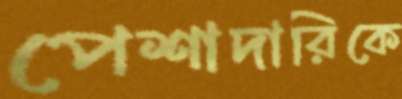
পেশাদারিকে